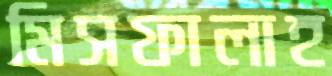
মিসফালাহ